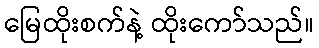
မြေထိုးစက်နဲ့ ထိုးကော်သည်။